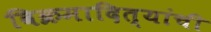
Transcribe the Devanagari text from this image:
विक्रमादित्यांची